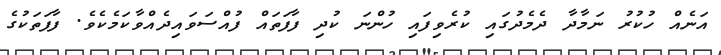
އަނެއް ހުކުރު ނަމާދާ ދެމެދުގައި ކުރެވިފައި ހުންނަ ކުދި ފާފަތައް ފުއްސަވައިދެއްވާކަމެކެވެ. ފާފަތަކުގެ